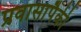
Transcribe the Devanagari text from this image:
प्रवासापैकी